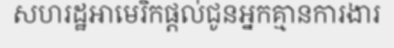
សហរដ្ឋអាមេរិកផ្តល់ជូនអ្នកគ្មានការងារ